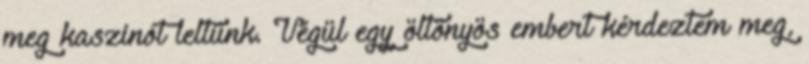
meg kaszinót leltünk. Végül egy öltönyös embert kérdeztem meg,